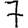
Digit: 7